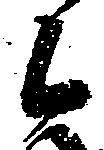
候